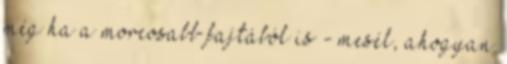
még ha a morcosabb fajtából is - mesél, ahogyan